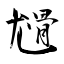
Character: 尳